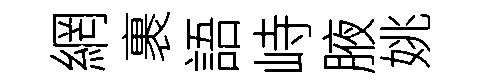
網裹語峙腋姚